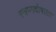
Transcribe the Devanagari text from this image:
स्वप्नदोषाला